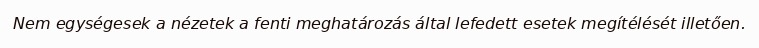
Nem egységesek a nézetek a fenti meghatározás által lefedett esetek megítélését illetően.